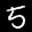
Label: 5